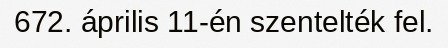
672. április 11-én szentelték fel.